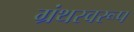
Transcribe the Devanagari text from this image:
ग्रंथस्वरूप